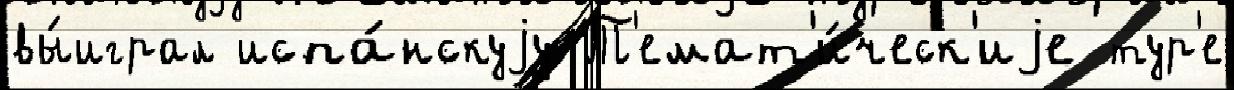
вы́играл испа́нскуjу Т'емат'и́ческ'иjе тур'е